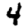
Digit: 4